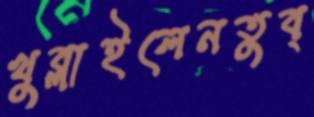
খুব্‌লাইলেনতুব্